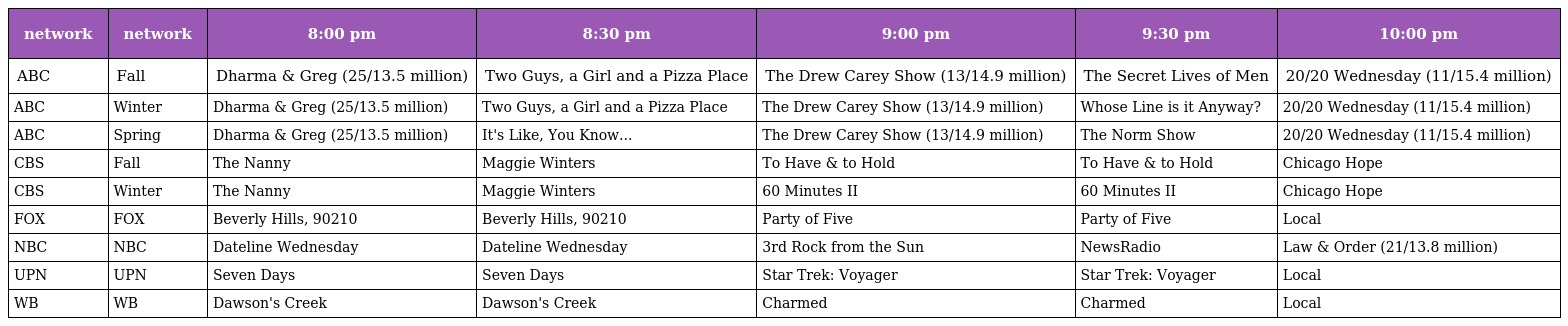
| network | network | 8:00 pm | 8:30 pm | 9:00 pm | 9:30 pm | 10:00 pm |
 | --- | --- | --- | --- | --- | --- | --- |
 | ABC | Fall | Dharma & Greg (25/13.5 million) | Two Guys, a Girl and a Pizza Place | The Drew Carey Show (13/14.9 million) | The Secret Lives of Men | 20/20 Wednesday (11/15.4 million) |
 | ABC | Winter | Dharma & Greg (25/13.5 million) | Two Guys, a Girl and a Pizza Place | The Drew Carey Show (13/14.9 million) | Whose Line is it Anyway? | 20/20 Wednesday (11/15.4 million) |
 | ABC | Spring | Dharma & Greg (25/13.5 million) | It's Like, You Know... | The Drew Carey Show (13/14.9 million) | The Norm Show | 20/20 Wednesday (11/15.4 million) |
 | CBS | Fall | The Nanny | Maggie Winters | To Have & to Hold | To Have & to Hold | Chicago Hope |
 | CBS | Winter | The Nanny | Maggie Winters | 60 Minutes II | 60 Minutes II | Chicago Hope |
 | FOX | FOX | Beverly Hills, 90210 | Beverly Hills, 90210 | Party of Five | Party of Five | Local |
 | NBC | NBC | Dateline Wednesday | Dateline Wednesday | 3rd Rock from the Sun | NewsRadio | Law & Order (21/13.8 million) |
 | UPN | UPN | Seven Days | Seven Days | Star Trek: Voyager | Star Trek: Voyager | Local |
 | WB | WB | Dawson's Creek | Dawson's Creek | Charmed | Charmed | Local |